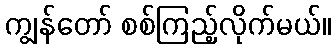
ကျွန်တော် စစ်ကြည့်လိုက်မယ်။